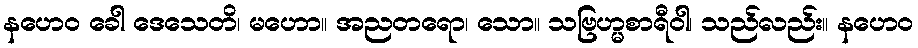
နဟေဝ ခေါ ဒေသေတိ၊ မဟော။ အညတရော၊ သော။ သဗြဟ္မစာရီဝါ၊ သည်လည်း။ နဟေဝ